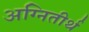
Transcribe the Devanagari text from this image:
अग्‍नितीर्थ